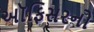
અૉફિસરનો